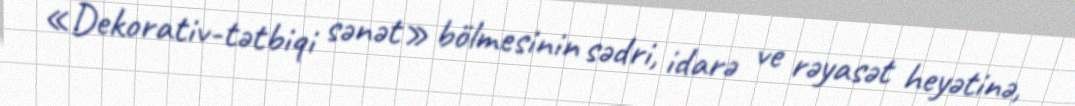
«Dekorativ-tətbiqi sənət» bölmesinin sədri, idarə ve rəyasət heyətinə,